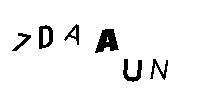
7DAAUN